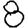
Digit: 8